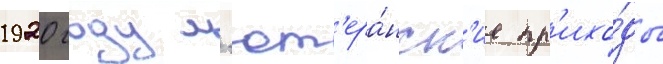
1920 году л'ют'ера́нск'ие пр'ихо́ды